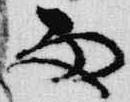
雨